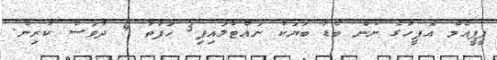
ޕީޕީއެމް އޮފީހުގެ ނަން ބޯޑު ބަޔަކު ނައްޓާލައިފި3 ހަފްތާ 4 ދުވަސް ކުރިން.